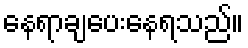
နေရာချပေးနေရသည်။